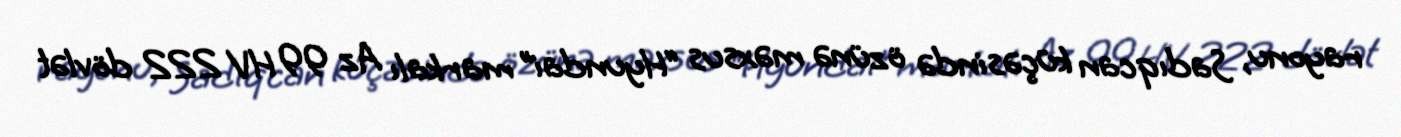
rayonu, Sadıqcan küçəsində özünə məxsus “Hyundai” markalı Az 99 HV 222 dövlət